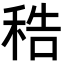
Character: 𥞴